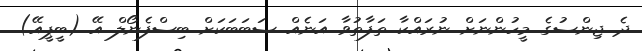
ދެ ޖިންސުގެ މީހުންނަށް ނުރައްކާ ތަފާތުވާ އަނެއް ސަބަބަކަށް ބިސްފެނޯލް އޭ (ބީޕީއޭ)